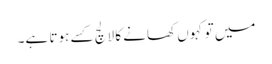
میں تو کہوں کھانے کا لالچ کسے ہوتا ہے۔